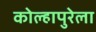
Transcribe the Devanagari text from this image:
कोल्हापुरेला